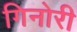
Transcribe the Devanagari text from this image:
गिनोरी